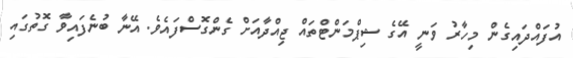
އުފައްދައިގެން މިހާރު ވަނީ އޭގެ ޝިޕްމަންޓްތައް ޖިއްދާއަށް ގެންގޮސްފައެވެ. އޭނާ ބުނެފައިވާ ގޮތުގައި